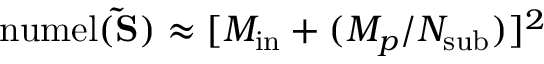
\mathrm { n u m e l } ( \mathbf { \tilde { S } } ) \approx [ M _ { \mathrm { i n } } + ( M _ { p } / N _ { \mathrm { s u b } } ) ] ^ { 2 }